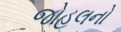
જોહલનો